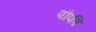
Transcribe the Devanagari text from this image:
पौफी